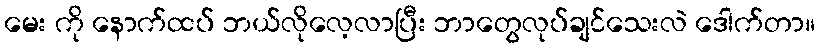
မေး ကို နောက်ထပ် ဘယ်လိုလေ့လာပြီး ဘာတွေလုပ်ချင်သေးလဲ ဒေါက်တာ။